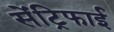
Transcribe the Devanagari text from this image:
सेंट्रिफाई